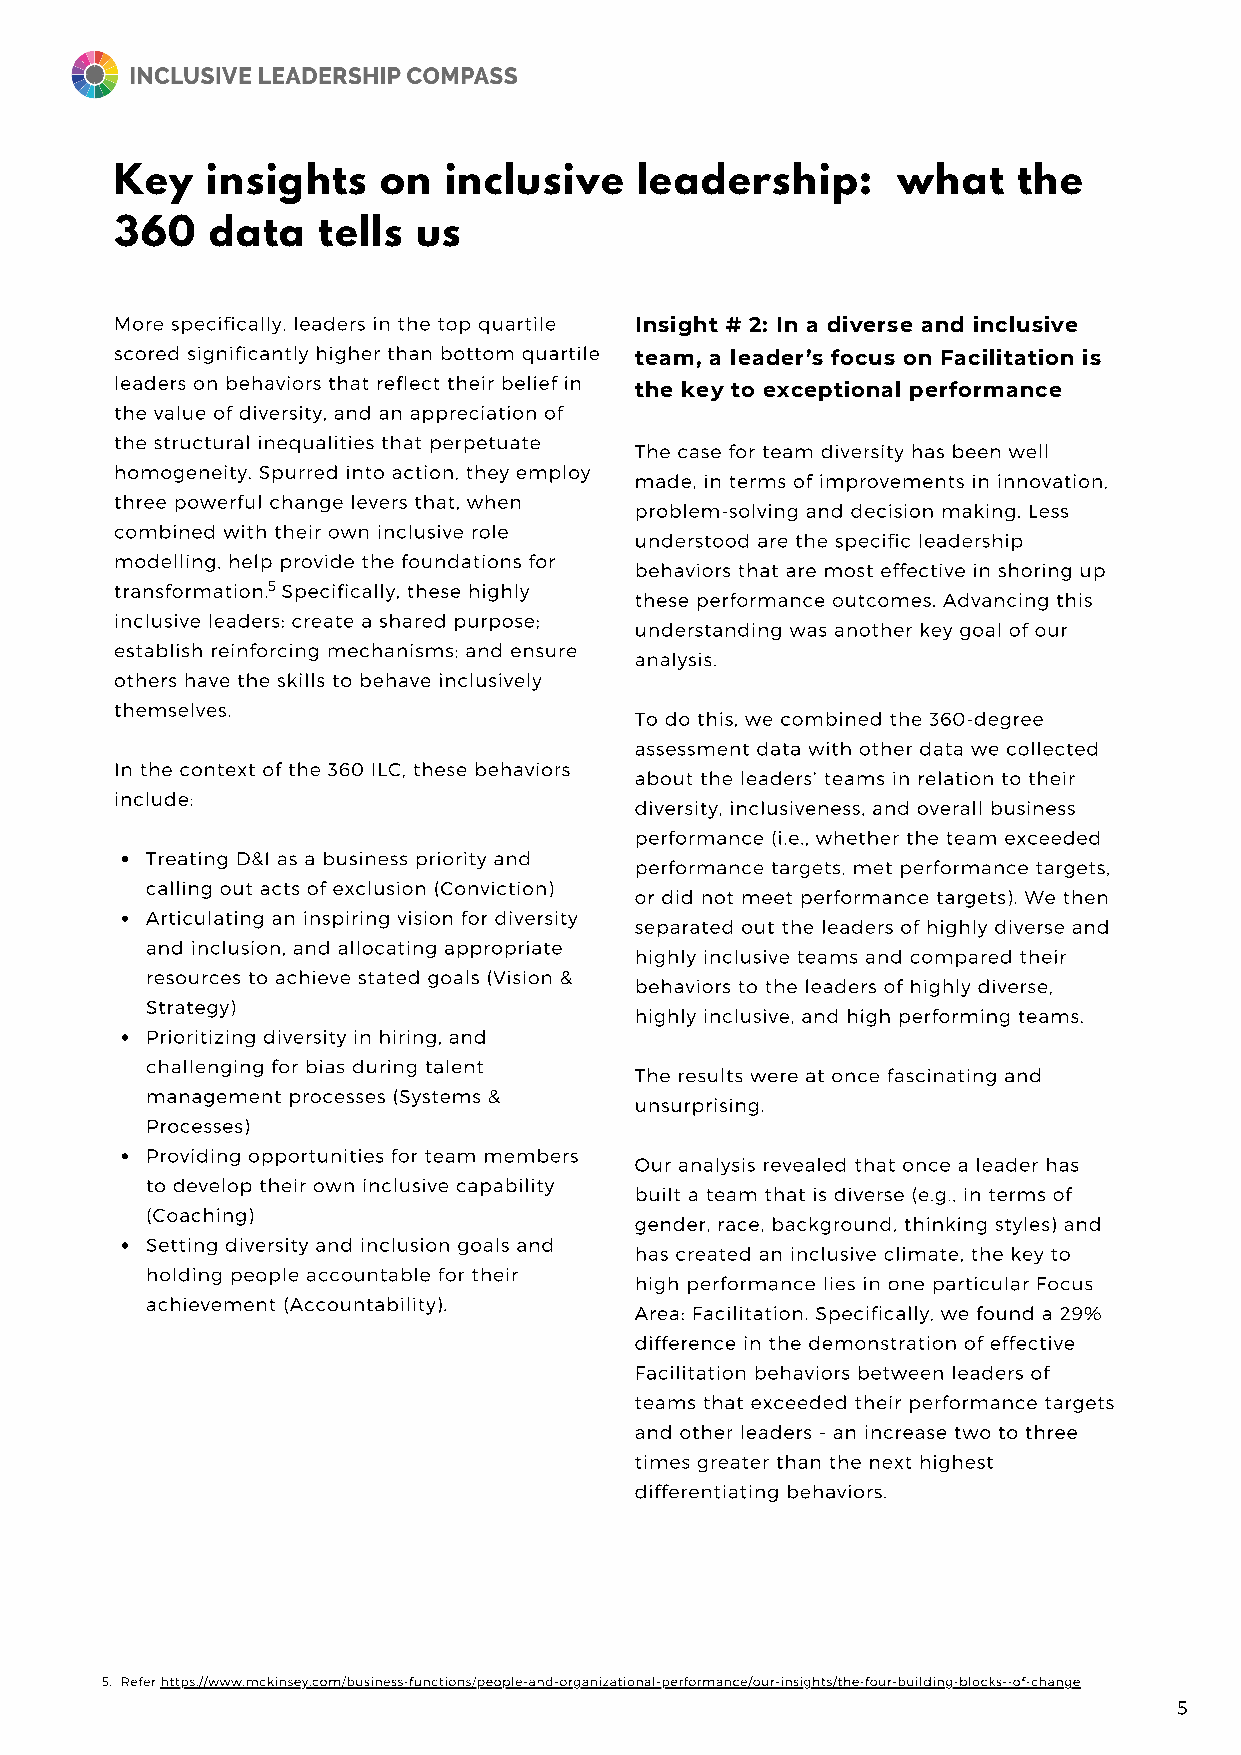
Key   insights   on  inclusive    leadership:      what    the
 360   data   tells  us
 More specifically, leaders in the top quartile Insight # 2: In a diverse and inclusive
 scored significantly higher than bottom quartile
 team, a leader’s focus on Facilitation is
 leaders on behaviors that reflect their belief in
 the key to exceptional performance
 the value of diversity, and an appreciation of
 the structural inequalities that perpetuate
 The case for team diversity has been well
 homogeneity. Spurred into action, they employ
 made, in terms of improvements in innovation,
 three powerful change levers that, when
 problem-solving and decision making. Less
 combined with their own inclusive role
 understood are the specific leadership
 modelling, help provide the foundations for
 behaviors that are most effective in shoring up
 transformation.5 Specifically, these highly
 these performance outcomes. Advancing this
 inclusive leaders: create a shared purpose;
 understanding was another key goal of our
 establish reinforcing mechanisms; and ensure
 analysis.
 others have the skills to behave inclusively
 themselves.
 To do this, we combined the 360-degree
 assessment data with other data we collected
 In the context of the 360 ILC, these behaviors
 about the leaders’ teams in relation to their
 include:
 diversity, inclusiveness, and overall business
 performance (i.e., whether the team exceeded
 Treating D&I as a business priority and
 performance targets, met performance targets,
 calling out acts of exclusion (Conviction)
 or did not meet performance targets). We then
 Articulating an inspiring vision for diversity
 separated out the leaders of highly diverse and
 and inclusion, and allocating appropriate
 highly inclusive teams and compared their
 resources to achieve stated goals (Vision &
 behaviors to the leaders of highly diverse,
 Strategy)
 highly inclusive, and high performing teams.
 Prioritizing diversity in hiring, and
 challenging for bias during talent
 The results were at once fascinating and
 management processes (Systems &
 unsurprising.
 Processes)
 Providing opportunities for team members
 Our analysis revealed that once a leader has
 to develop their own inclusive capability
 built a team that is diverse (e.g., in terms of
 (Coaching)
 gender, race, background, thinking styles) and
 Setting diversity and inclusion goals and
 has created an inclusive climate, the key to
 holding people accountable for their
 high performance lies in one particular Focus
 achievement (Accountability).
 Area: Facilitation. Specifically, we found a 29%
 difference in the demonstration of effective
 Facilitation behaviors between leaders of
 teams that exceeded their performance targets
 and other leaders - an increase two to three
 times greater than the next highest
 differentiating behaviors.
 5. Refer https://www.mckinsey.com/business-functions/people-and-organizational-performance/our-insights/the-four-building-blocks--of-change
 5